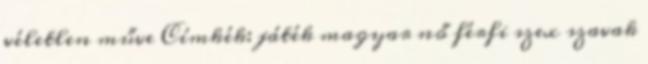
véletlen műve Címkék: játék magyar nő férfi szex szavak